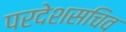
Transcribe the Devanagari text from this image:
परदेशसचिव